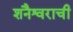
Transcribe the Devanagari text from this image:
शनैश्वराची